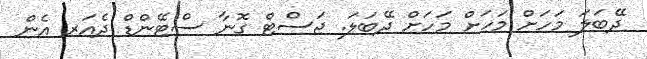
ދޭބަލަ މަހަށް މަހަށް މަހަށް ދޭބަަލަ. ޖަސްޓް ގޮނާ ސްޓޭންޑް ދެއަރ އެން